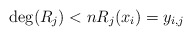
\begin{align*}\deg(R_j) < n R_j(x_i) = y_{i,j}\end{align*}